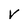
Character: V